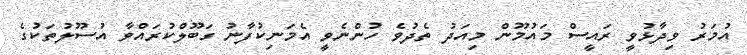
އުމަރު ވިދާޅުވީ ރައީސް މައުމޫން މިއަދު ތެދުވެ ހުންނެވީ އެމަނިކުފާނު ގަބޫލްކުރައްވާ އުސޫލުތަކުގެ